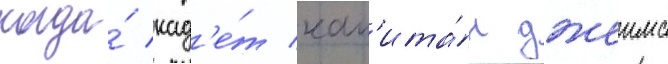
когда́ кад'е́т кап'ита́н джеимс